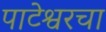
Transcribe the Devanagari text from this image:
पाटेश्वरचा